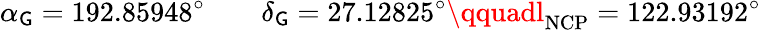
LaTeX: \alpha_{\mathsf{G}}=192.85948^{\circ}\qquad\delta_{\mathsf{G}}=27.12825^{\circ}\qquadl_{\mathrm{{NCP}}}=122.93192^{\circ}